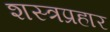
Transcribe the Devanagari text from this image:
शस्त्रप्रहार